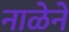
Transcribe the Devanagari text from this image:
नाळेने